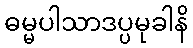
ဓမ္မပါသာဒပ္ပမုခါနိ